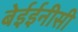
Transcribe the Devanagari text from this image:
बेईईनीसी